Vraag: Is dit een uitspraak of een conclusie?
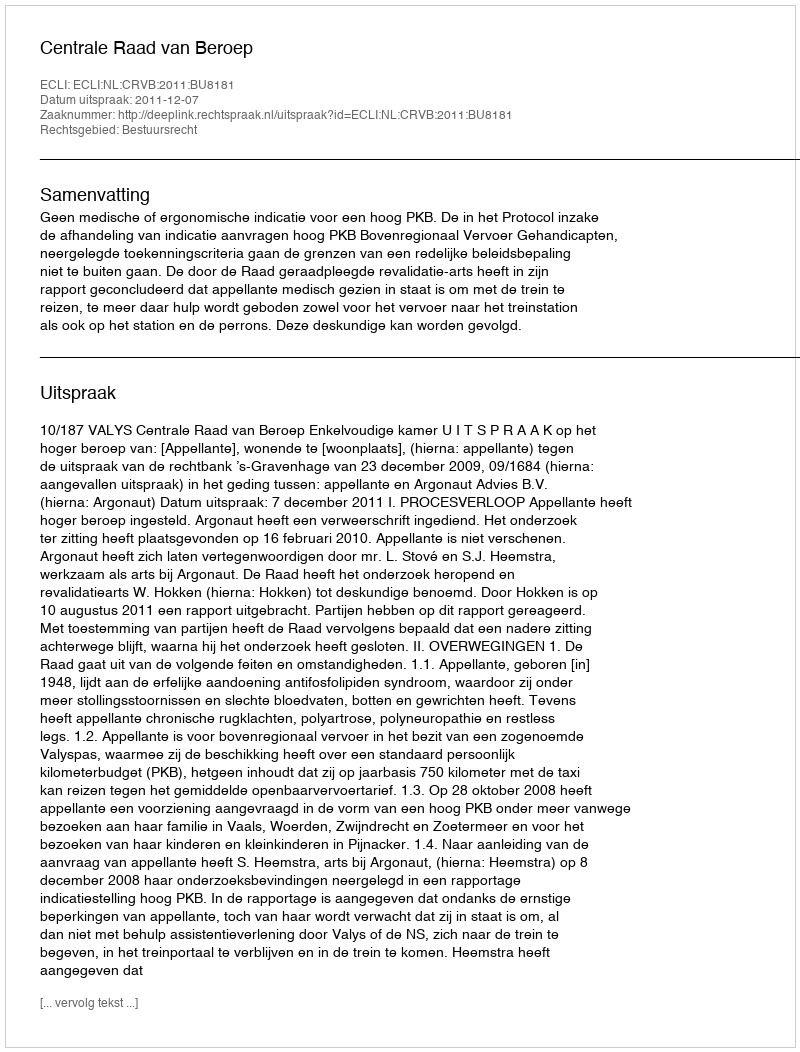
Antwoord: Uitspraak